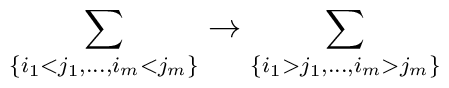
\sum_{\{i_1<j_1,\ldots,i_m<j_m\}}\rightarrow\sum_{\{i_1>j_1,\ldots,i_m>j_m\}}